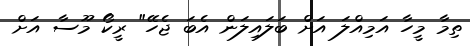
ތިމާ މީހާ އަމިއްލަ އަށް ބަލައިލަން އެބަ ޖެހޭ" ރީކޯ މޫސާ އަށް